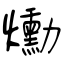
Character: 爋